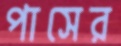
পাসের